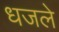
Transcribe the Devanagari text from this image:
धजले